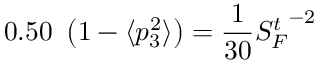
0 . 5 0 ~ \left( 1 - \langle p _ { 3 } ^ { 2 } \rangle \right) = \frac { 1 } { 3 0 } { S _ { F } ^ { t } } ^ { - 2 }